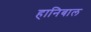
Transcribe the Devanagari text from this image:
हानिबाल